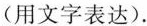
(用文字表达).